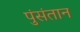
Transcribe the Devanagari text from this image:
पुंसंतान